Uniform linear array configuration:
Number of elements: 12
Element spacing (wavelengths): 0.75
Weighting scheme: exponential
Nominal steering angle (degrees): -45
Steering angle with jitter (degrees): -46.528
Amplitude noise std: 0.05
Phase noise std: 0.05

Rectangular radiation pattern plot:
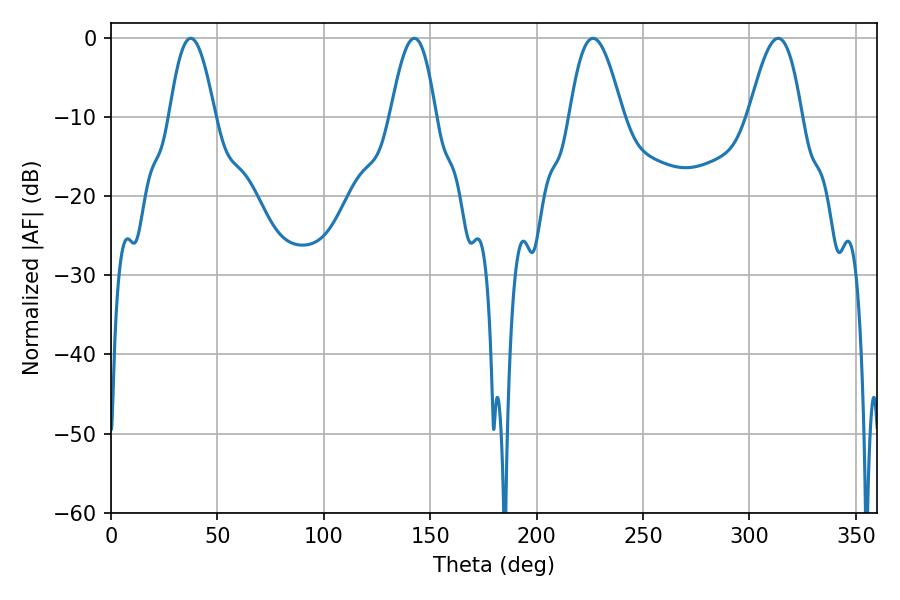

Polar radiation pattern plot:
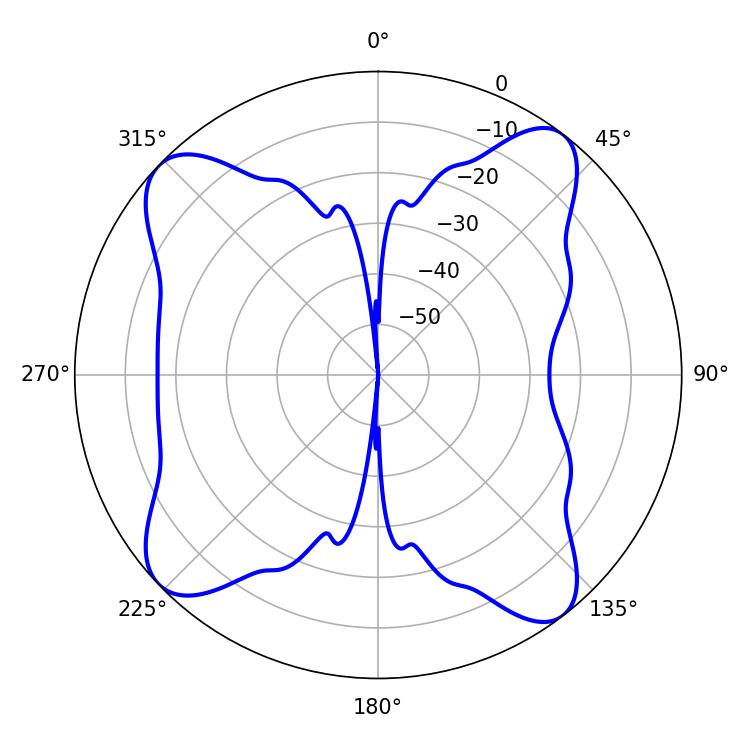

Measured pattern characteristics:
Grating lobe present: TRUE
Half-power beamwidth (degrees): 11.52
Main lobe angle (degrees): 37.44